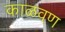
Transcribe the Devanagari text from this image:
काळवण